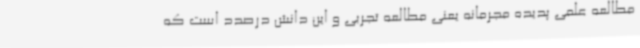
مطالعه علمی پدیده مجرمانه یعنی مطالعه تجربی و این دانش درصدد است که